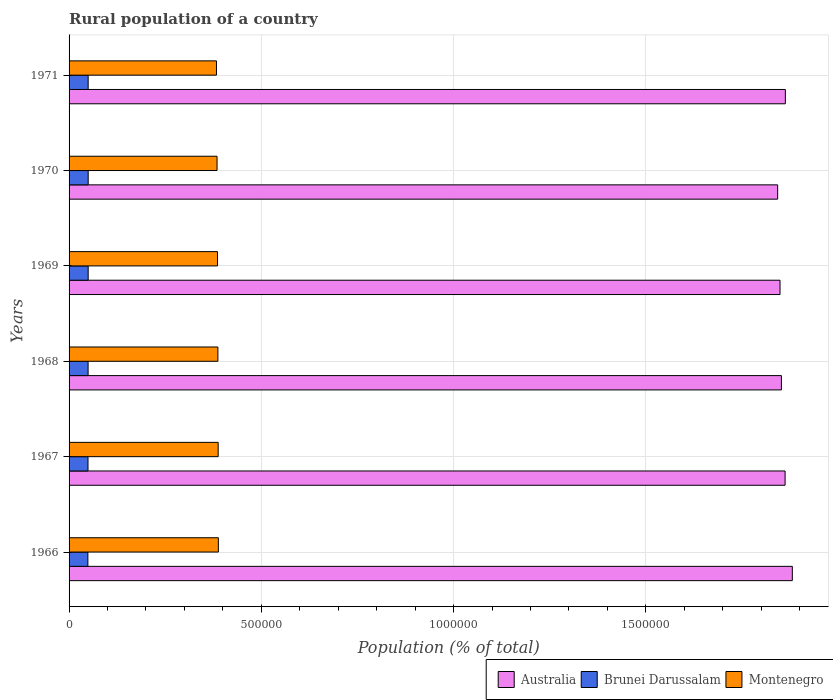
| Years | Australia | Brunei Darussalam | Montenegro |
 | --- | --- | --- | --- |
 | 1966 | 1.88e+06 | 4.89e+04 | 3.88e+05 |
 | 1967 | 1.86e+06 | 4.92e+04 | 3.88e+05 |
 | 1968 | 1.85e+06 | 4.95e+04 | 3.87e+05 |
 | 1969 | 1.85e+06 | 4.97e+04 | 3.86e+05 |
 | 1970 | 1.84e+06 | 4.97e+04 | 3.85e+05 |
 | 1971 | 1.86e+06 | 4.97e+04 | 3.83e+05 |